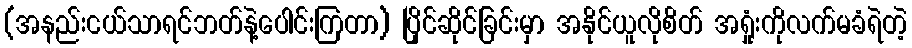
(အနည်းငယ်သာရင်ဘတ်နဲ့ပေါင်းကြတာ) ပြိုင်ဆိုင်ခြင်းမှာ အနိုင်ယူလိုစိတ် အရှုံးကိုလက်မခံရဲတဲ့